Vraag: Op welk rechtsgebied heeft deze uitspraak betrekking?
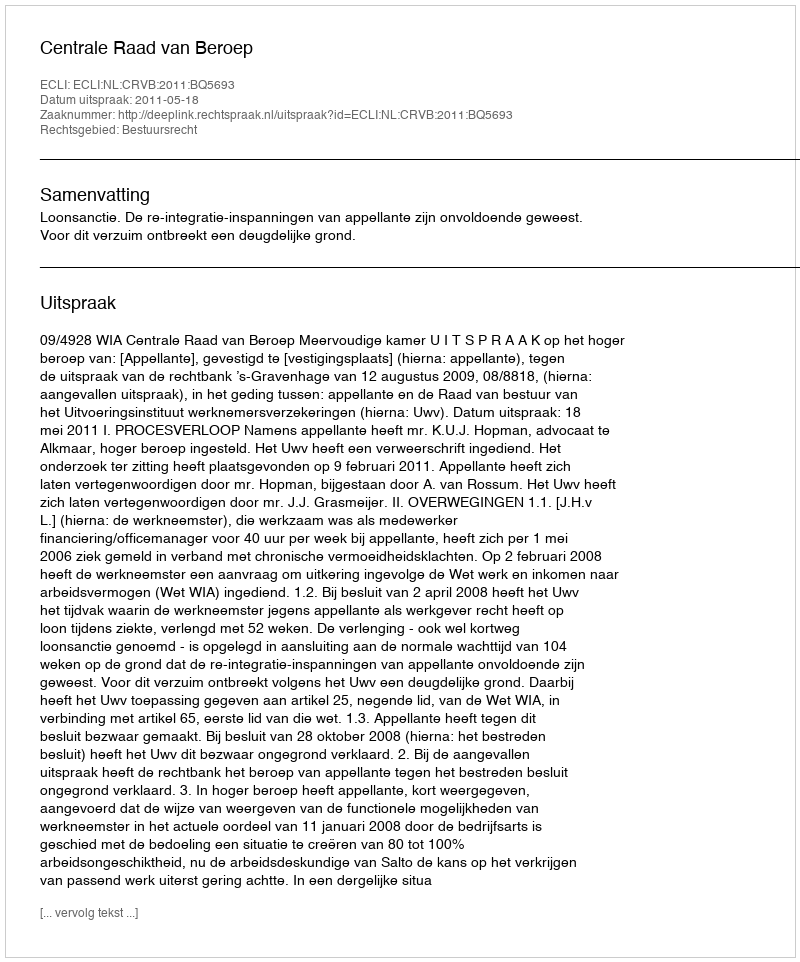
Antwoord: Bestuursrecht